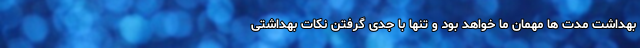
بهداشت مدت ها مهمان ما خواهد بود و تنها با جدی گرفتن نکات بهداشتی